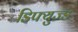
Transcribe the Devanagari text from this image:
डिफ्युज्ड